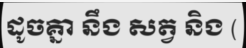
ដូចគ្នា នឹង សត្វ និង (